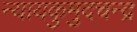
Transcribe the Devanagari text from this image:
न्यायकुमुदचन्द्र